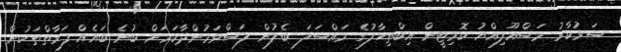
ސަރުކާރު މަސްއޫލިއްޔު ކޮމިޓީން އިބްތިހާލުގެ މައްސަލަ ބެލުން ލަސްވަމުންދާކަމަށް ބުނެ ބައެއް ފަރާތްތަކުން